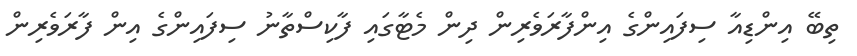
ތިބޭ އިންޑިއާ ސިފައިންގެ އިންފާރަވެރިން ދިން މެޓާގައި ފާކިސްތާނު ސިފައިންގެ އިން ފާރަވެރިން